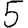
Digit: 5